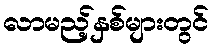
လာမည့်နှစ်များတွင်